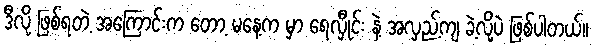
ဒီလို ဖြစ်ရတဲ့ အကြောင်းက တော့ မနေ့က မှာ ရေလှီုင်း နဲ့ အလှည့်ကျ ခဲ့လို့ပဲ ဖြစ်ပါတယ်။